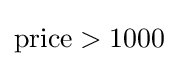
{\text{price}}>1000